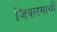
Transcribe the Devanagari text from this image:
जिवलगाची